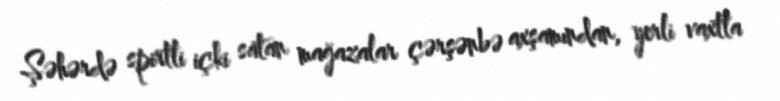
Şəhərdə spirtli içki satan mağazalar çərşənbə axşamından, yerli vaxtla